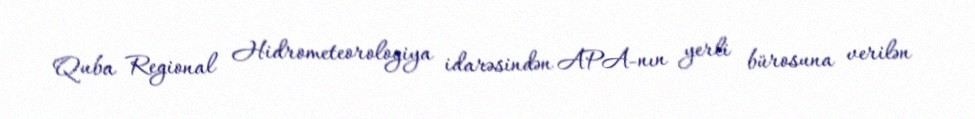
Quba Regional Hidrometeorologiya idarəsindən APA-nın yerli bürosuna verilən